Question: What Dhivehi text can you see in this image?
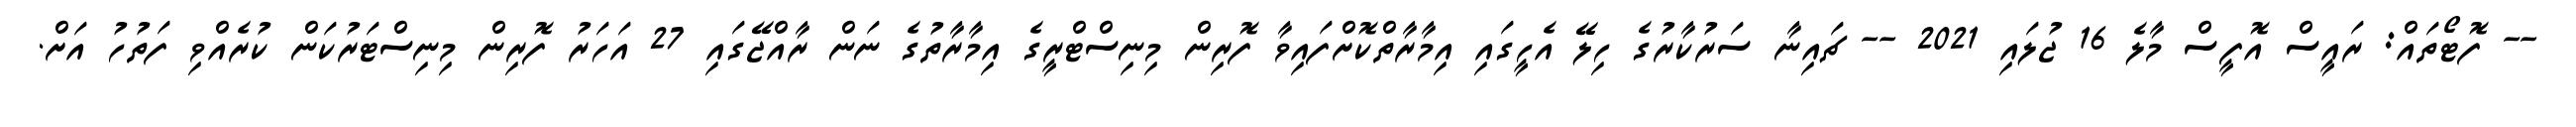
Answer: -- ފޮޓޯތައް: ރައީސް އޮފީސް މާލެ 16 ޖުލައި 2021 -- ޗައިނާ ސަރުކާރުގެ ހިލޭ އެހީގައި އިމާރާތްކޮށްފައިވާ ފޮރިން މިނިސްޓްރީގެ އިމާރާތުގެ ނަން ރާއްޖޭގައި 27 އަހަރު ފޮރިން މިނިސްޓަރުކަން ކުރެއްވި ފަތުހު އަށް.